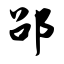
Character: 劭